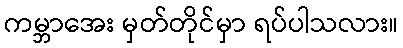
ကမ္ဘာအေး မှတ်တိုင်မှာ ရပ်ပါသလား။